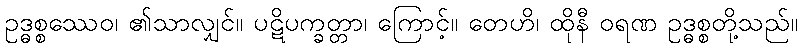
ဥဒ္ဓစ္စဿေဝ၊ ၏သာလျှင်။ ပဋိပက္ခတ္တာ၊ ကြောင့်။ တေဟိ၊ ထိုနီ ဝရဏ ဥဒ္ဓစ္စတို့သည်။